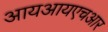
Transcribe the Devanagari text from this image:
आयआयएचआर